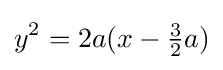
y^{2}=2a(x-{\tfrac {3}{2}}a)